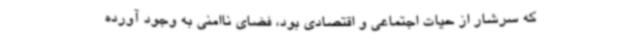
که سرشار از حیات اجتماعی و اقتصادی بود، فضای ناامنی به وجود آورده